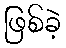
ဖြစ်ခဲ့